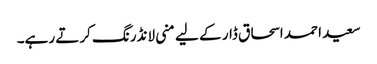
سعید احمد اسحاق ڈار کے لیے منی لانڈرنگ کرتے رہے۔